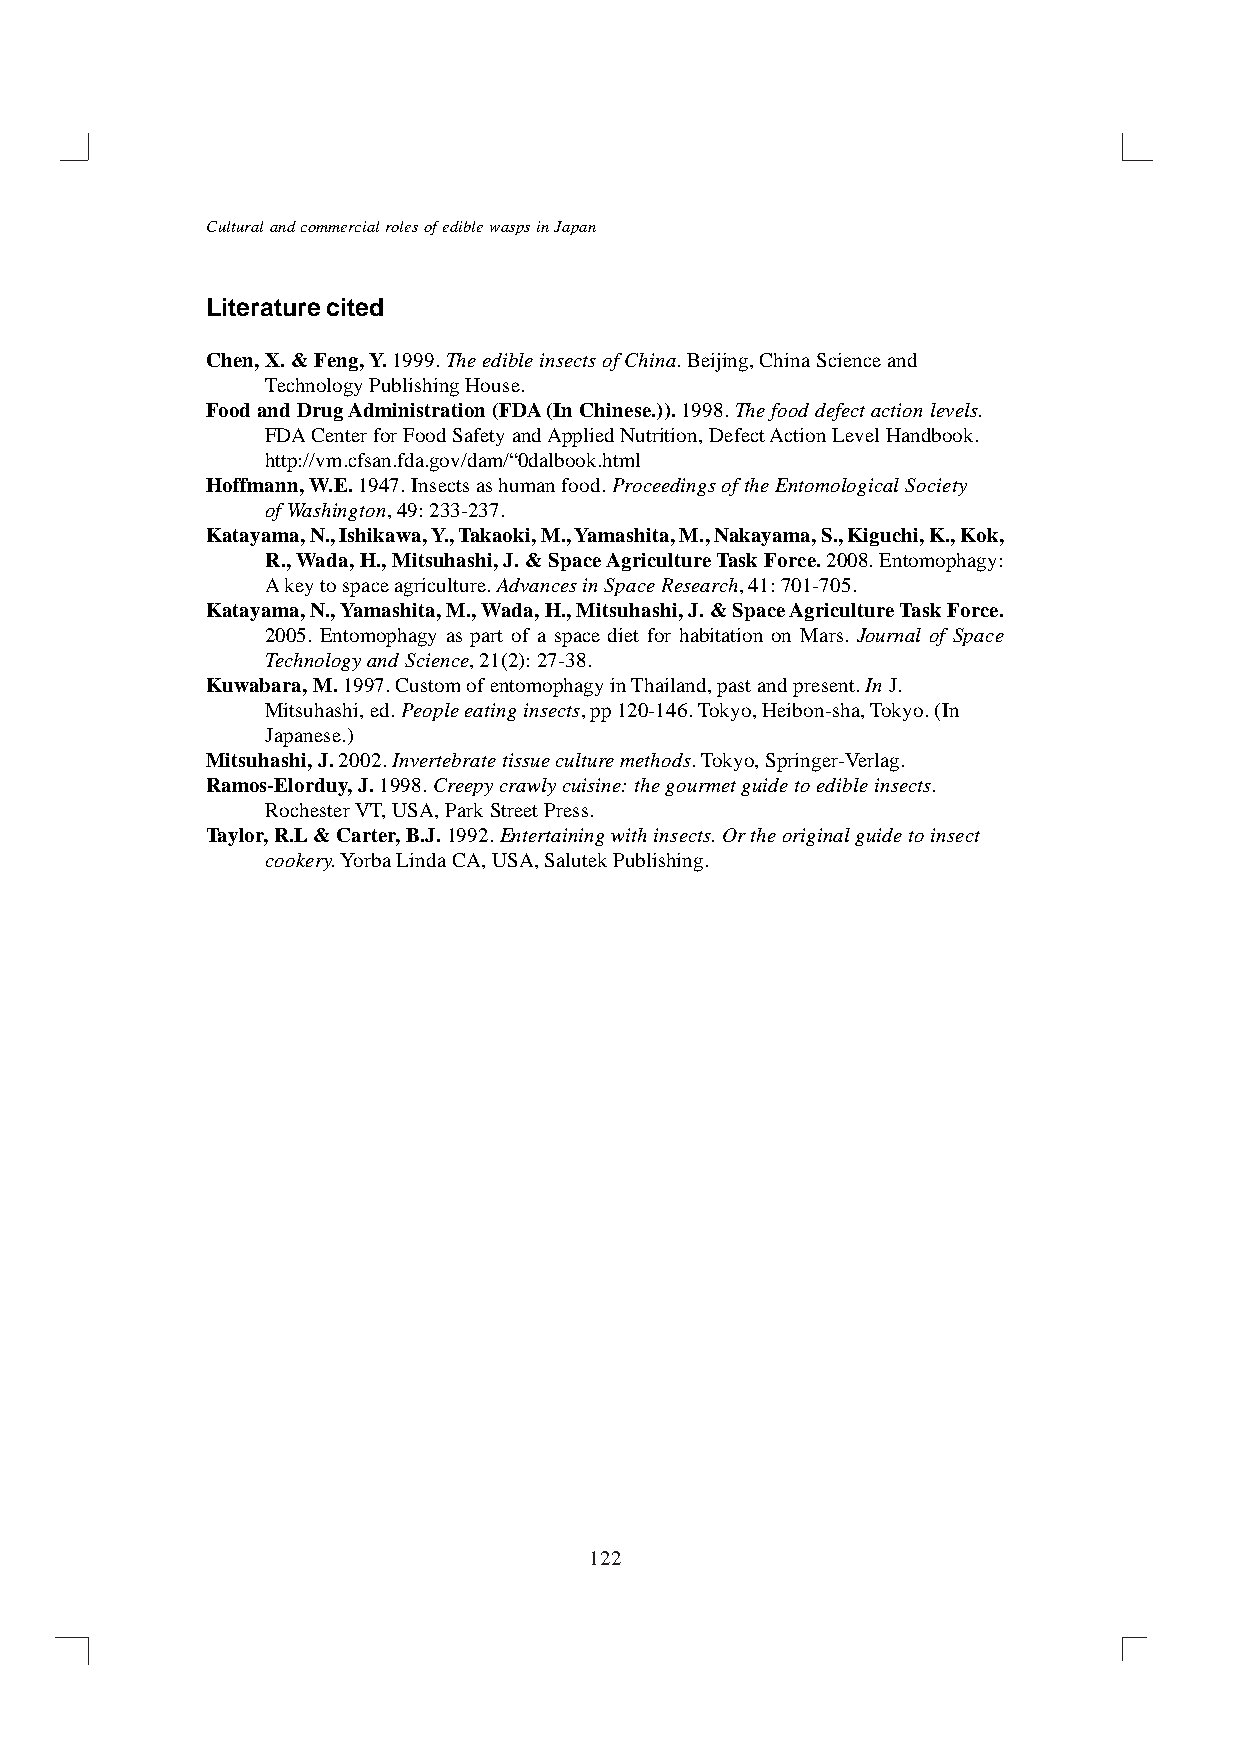
Cultural and commercial roles of edible wasps in Japan
 Literature cited
 Chen, X. & Feng, Y. 1999. The edible insects of China. Beijing, China Science and
 Technology Publishing House.
 Food and Drug Administration (FDA (In Chinese.)). 1998. The food defect action levels.
 FDA Center for Food Safety and Applied Nutrition, Defect Action Level Handbook.
 http://vm.cfsan.fda.gov/dam/“0dalbook.html
 Hoffmann, W.E. 1947. Insects as human food. Proceedings of the Entomological Society
 of Washington, 49: 233-237.
 Katayama, N., Ishikawa, Y., Takaoki, M., Yamashita, M., Nakayama, S., Kiguchi, K., Kok,
 R., Wada, H., Mitsuhashi, J. & Space Agriculture Task Force. 2008. Entomophagy:
 A key to space agriculture. Advances in Space Research, 41: 701-705.
 Katayama, N., Yamashita, M., Wada, H., Mitsuhashi, J. & Space Agriculture Task Force.
 2005. Entomophagy as part of a space diet for habitation on Mars. Journal of Space
 Technology and Science, 21(2): 27-38.
 Kuwabara, M. 1997. Custom of entomophagy in Thailand, past and present. In J.
 Mitsuhashi, ed. People eating insects, pp 120-146. Tokyo, Heibon-sha, Tokyo. (In
 Japanese.)
 Mitsuhashi, J. 2002. Invertebrate tissue culture methods. Tokyo, Springer-Verlag.
 Ramos-Elorduy, J. 1998. Creepy crawly cuisine: the gourmet guide to edible insects.
 Rochester VT, USA, Park Street Press.
 Taylor, R.L & Carter, B.J. 1992. Entertaining with insects. Or the original guide to insect
 cookery. Yorba Linda CA, USA, Salutek Publishing.
 122